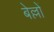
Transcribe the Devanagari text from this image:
बेल्लों